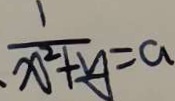
\frac { 1 } { x ^ { 2 } + y } = a